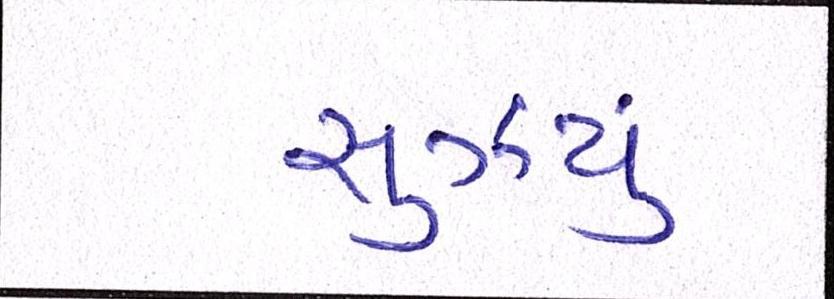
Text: સુઝયું